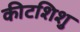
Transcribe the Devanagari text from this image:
कीटशिशु